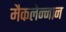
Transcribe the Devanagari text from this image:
मैकलेन्नान